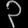
Digit: ၃